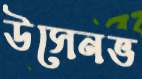
উসেনভ